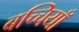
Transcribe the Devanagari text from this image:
बच्चियाँ